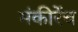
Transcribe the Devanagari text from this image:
मंकीरेंच